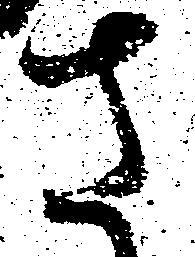
さ